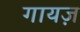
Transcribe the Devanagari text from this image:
गायज़